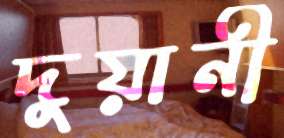
দুয়ানী